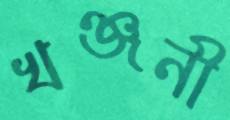
খঞ্জনী